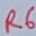
Text: R6